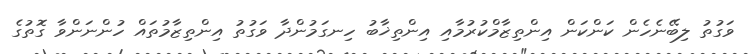
ވަގުތު ލިބޭނެހެން ކަންކަން އިންތިޒާމްކުރުމާއި އިންތިޚާބު ހިނގަމުންދާ ވަގުތު އިންތިޒާމުތައް ހުންނަންވާ ގޮތުގެ